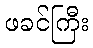
ဖခင်ကြီး